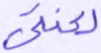
لعنتي